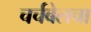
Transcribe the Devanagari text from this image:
चर्चबेलचा